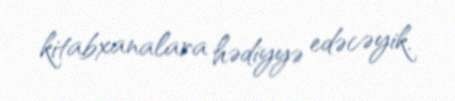
kitabxanalara hədiyyə edəcəyik.